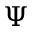
\Psi